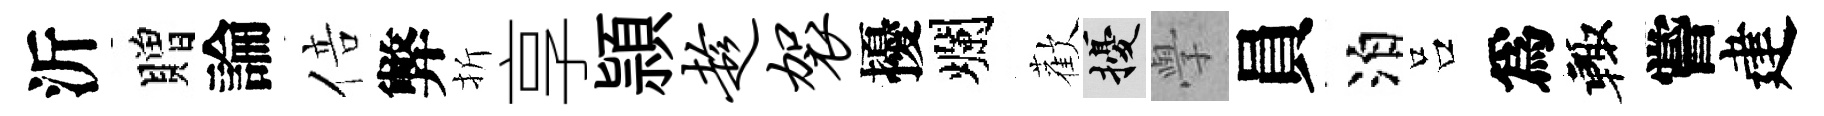
沂贈論倍弊折享頴趁袈擾爛歡擾𭓕員泊吕爲輙嘗建